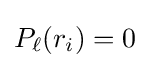
P_{\ell }(r_{i})=0